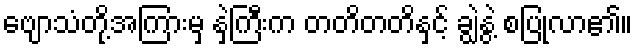
ဗျောသံတို့အကြားမှ နှဲကြီးက တတိတတိနှင့် ချွဲနွဲ့ စပြုလာ၏။